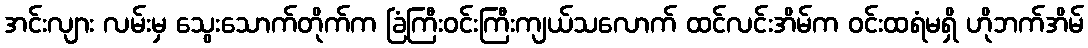
အင်းလျား လမ်းမှ သွေးသောက်တိုက်က ခြံကြီးဝင်းကြီးကျယ်သလောက် ထင်လင်းအိမ်က ဝင်းထရံမရှိ ဟိုဘက်အိမ်